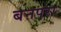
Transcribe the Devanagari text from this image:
बनपरा